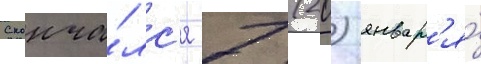
Сконча́лс'я 7 (20) январ'я́